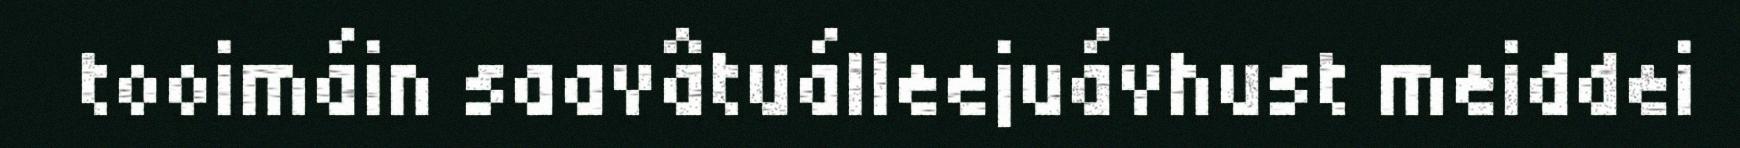
tooimáin saavâtuálleejuávhust meiddei